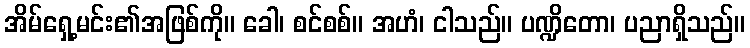
အိမ်ရှေ့မင်း၏အဖြစ်ကို။ ခေါ၊ စင်စစ်။ အဟံ၊ ငါသည်။ ပဏ္ဍိတော၊ ပညာရှိသည်။